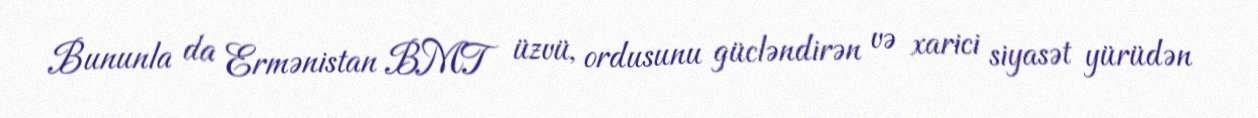
Bununla da Ermənistan BMT üzvü, ordusunu gücləndirən və xarici siyasət yürüdən